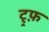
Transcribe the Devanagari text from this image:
ट्र्फ़